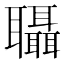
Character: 𮌀